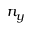
n _ { y }